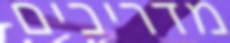
מדריכים